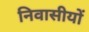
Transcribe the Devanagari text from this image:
निवासीयों